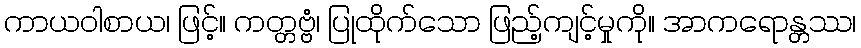
ကာယဝါစာယ၊ ဖြင့်။ ကတ္တဗ္ဗံ၊ ပြုထိုက်သော ဖြည့်ကျင့်မှုကို။ အာကရောန္တဿ၊